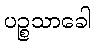
ပဉ္စသာခေါ